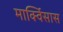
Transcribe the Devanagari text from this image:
मार्क्विसास